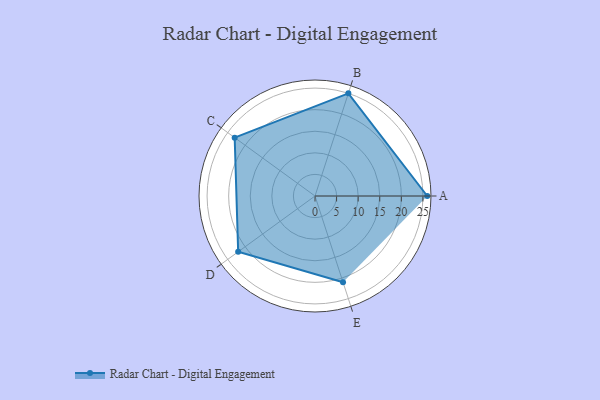
{"axis": {"x": "Skill", "y": "Score"}, "legend": ["Profile"], "data": [{"x": "A", "y": 26.0, "type": "Profile"}, {"x": "B", "y": 25.0, "type": "Profile"}, {"x": "C", "y": 23.0, "type": "Profile"}, {"x": "D", "y": 22.0, "type": "Profile"}, {"x": "E", "y": 21.0, "type": "Profile"}]}